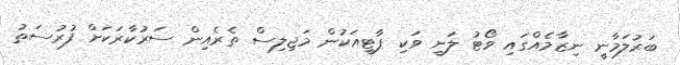
ބަރުލަމާނީ ނިޒާމެއްގައި ވޯޓު ލަނީ ވަކި ޕާޓީއަކުން މަޖިލިސް ތެރެއިން ސަރުކާރަކަށް ފުރުސަތު